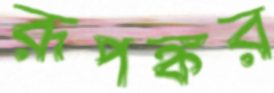
রূপঙ্কর